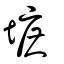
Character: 墌